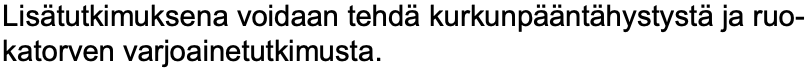
Lisätutkimuksena voidaan tehdäkurkunpääntähystystäja ruo- katorven varjoainetutkimusta.